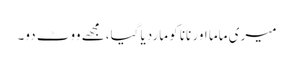
میری ماما اور نانا کو ماردیا گیا،مجھے ووٹ دو۔